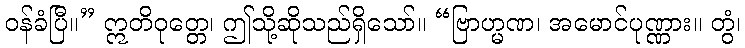
ဝန်ခံပြီ။” ဣတိဝုတ္တေ၊ ဤသို့ဆိုသည်ရှိသော်။ “ဗြာဟ္မဏ၊ အမောင်ပုဏ္ဏား။ တွံ၊